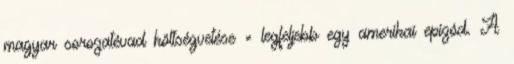
magyar sorozatévad költségvetése = legfeljebb egy amerikai epizód. A